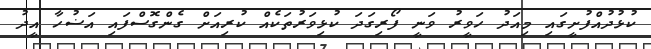
ކުޅުދުއްފުށީގައި މިއަދު ހަވީރު ވަނީ ފޯރިގަދަ ކުޅިވަރުތަކެއް ކުރިއަށް ގެންގޮސްފައި އަޟުހާ އީދު